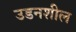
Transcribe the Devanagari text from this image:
उडनशील